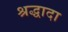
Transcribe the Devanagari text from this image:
श्रद्धादा